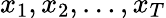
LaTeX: x_{1},x_{2},\dots,x_{T}